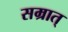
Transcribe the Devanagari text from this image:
सम्रात्